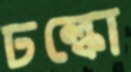
ঢল্কো